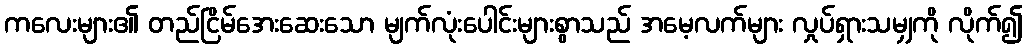
ကလေးများ၏ တည်ငြိမ်အေးဆေးသော မျက်လုံးပေါင်းများစွာသည် အမေ့လက်များ လှုပ်ရှားသမျှကို လိုက်၍